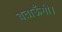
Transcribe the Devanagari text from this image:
बताऊँगी।